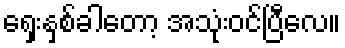
ရှေးနှစ်ခါတော့ အသုံးဝင်ပြီလေ။